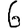
Digit: 6